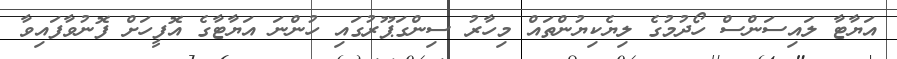
އަޔާޓާ ލައިސަންސް ހޯދުމުގެ ލިޔެކިޔުންތައް މިހާރު ސިންގަޕޫރުގައި ހުންނަ އަޔާޓާގެ އޮފީހަށް ފޮނުވާފައިވާ